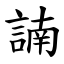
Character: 諵